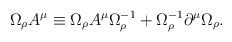
LaTeX: \begin{align*}\Omega_{\rho} A^{\mu} \equiv \Omega_{\rho} A^{\mu}\Omega^{-1}_{\rho} + \Omega^{-1}_{\rho}\partial ^{\mu} \Omega_{\rho}.\end{align*}